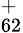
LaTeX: _{62}^{+}